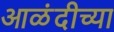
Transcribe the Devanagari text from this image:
आळंदीच्या